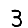
Digit: 3